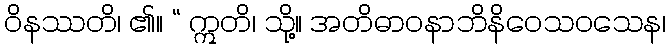
ဝိနဿတိ၊ ၏။ “ ဣတိ၊ သို့။ အတိဓာဝနာဘိနိဝေသဝသေန၊